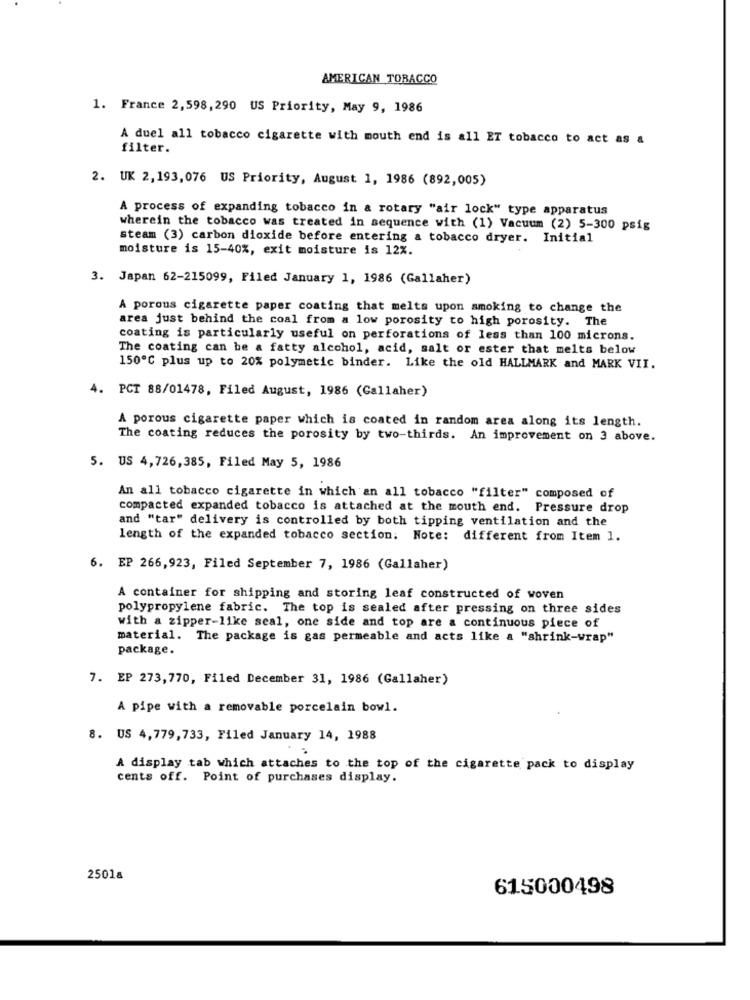
AMERICAN TOBACCO
1. France 2,598,290 US Priority, May 9, 1986
A duel all tobacco cigarette with mouth end is all ET tobacco to act as &
filter.
2. UK 2,193,076 US Priority, August 1, 1986 (892,005)
A process of expanding tobacco in a rotary "air lock" type apparatus
wherein the tobacco was treated in sequence with (1) Vacuum (2) 5-300 psig
steam (3) carbon dioxide before entering a tobacco dryer. Initial
moisture is 15-40%, exit moisture is 12%.
3. Japan 62-215099, Filed January 1, 1986 (Gallaher)
A porous cigarette paper coating that melts upon smoking to change the
area just behind the coal from a low porosity to high porosity. The
coating is particularly useful on perforations of less than 100 microns.
The coating can be a fatty alcohol, acid, salt or ester that melts below
150℃ plus up to 20% polymetic binder. Like the old HALLMARK and MARK VII.
4. PCT 88/01478, Filed August, 1986 (Gallaher)
A porous cigarette paper which is coated in random area along its length.
The coating reduces the porosity by two-thirds. An improvement on 3 above.
5. US 4,726,385, Filed May 5, 1986
An all tobacco cigarette in which an all tobacco "filter" composed of
compacted expanded tobacco is attached at the mouth end. Pressure drop
and "tar" delivery is controlled by both tipping ventilation and the
length of the expanded tobacco section. Note: different from Item 1.
6. EP 266,923, Filed September 7, 1986 (Gallaher)
A container for shipping and storing leaf constructed of woven
polypropylene fabric. The top is sealed after pressing on three sides
with a zipper-like seal, one side and top are a continuous piece of
material. The package is gas permeable and acts like a "shrink-wrap"
package.
7. EP 273,770, Filed December 31, 1986 (Gallaher)
A pipe with a removable porcelain bowl.
8. US 4,779,733, Filed January 14, 1988
A display tab which attaches to the top of the cigarette pack to display
cents off. Point of purchases display.
25018
615000498